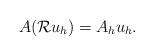
LaTeX: \begin{align*} A({\cal R}u_h)=A_hu_h.\end{align*}